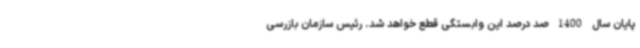
پایان سال 1400 صد درصد این وابستگی قطع خواهد شد. رئیس سازمان بازرسی